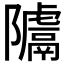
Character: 𨽚